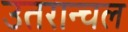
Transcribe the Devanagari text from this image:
उतरान्चल